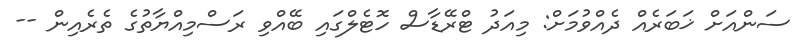
ސަންއަށް ޚަބަރެއް ދެއްވުމަށް: މިއަދު ޓްރޭޑާސް ހޮޓެލްގައި ބޭއްވި ރަސްމިއްޔާތުގެ ތެރެއިން --